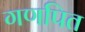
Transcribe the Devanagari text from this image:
गणपित